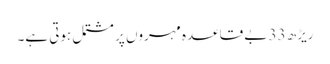
ریڑھ 33 بے قاعدہ مہروں پر مشتمل ہوتی ہے۔